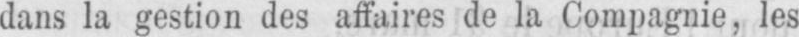
dans la gestion des affaires de la Compagnie, les